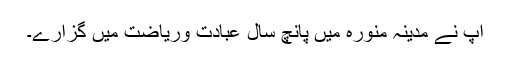
آپ نے مدینہ منورہ میں پانچ سال عبادت وریاضت میں گزارے۔